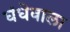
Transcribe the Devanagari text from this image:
धंधेवाला